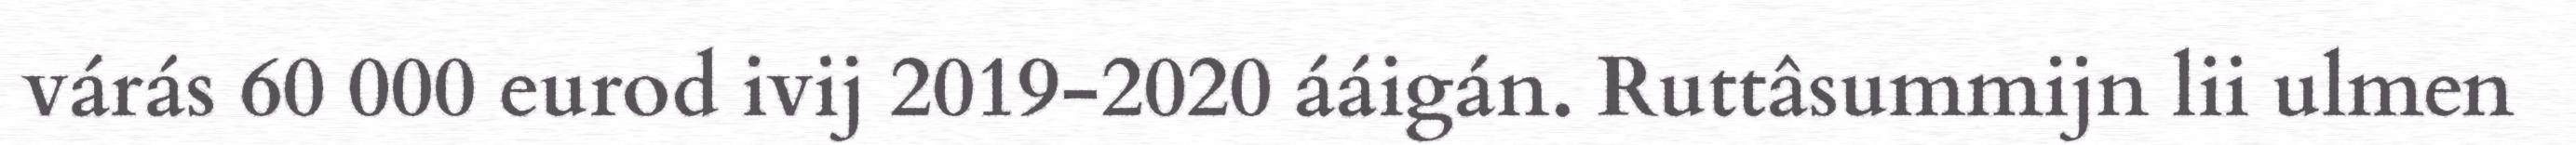
várás 60 000 eurod ivij 2019-2020 ááigán. Ruttâsummijn lii ulmen